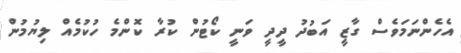
އެހެންނަމަވެސް ގާޒީ އަބުދު ދީދީ ވަނީ ކޯޓުން ކުރާ ކޮންމެ ހުކުމެއް ލިޔުމުން